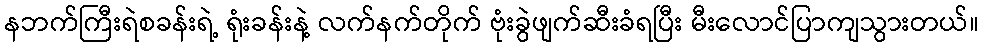
နဘက်ကြီးရဲစခန်းရဲ့ ရုံးခန်းနဲ့ လက်နက်တိုက် ဗုံးခွဲဖျက်ဆီးခံရပြီး မီးလောင်ပြာကျသွားတယ်။